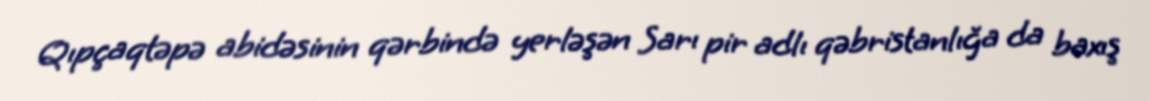
Qıpçaqtəpə abidəsinin qərbində yerləşən Sarı pir adlı qəbristanlığa da baxış